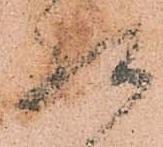
惶